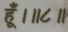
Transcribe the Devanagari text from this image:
हूँ।॥८॥